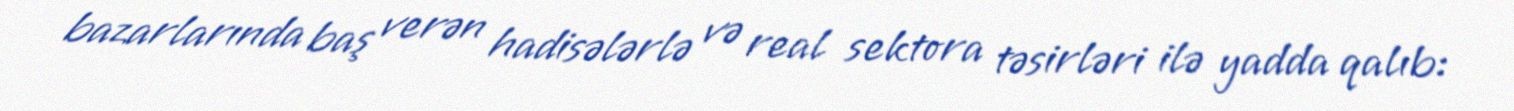
bazarlarında baş verən hadisələrlə və real sektora təsirləri ilə yadda qalıb: